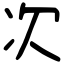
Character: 次